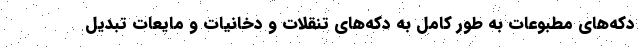
دکه‌های مطبوعات به طور کامل به دکه‌های تنقلات و دخانیات و مایعات تبدیل